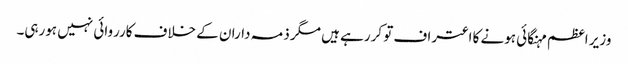
وزیر اعظم مہنگائی ہونے کا اعتراف تو کررہے ہیں مگر ذمہ داران کے خلاف کارروائی نہیں ہورہی۔